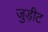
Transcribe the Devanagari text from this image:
जुड़ीट